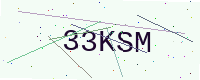
Text: 33KSM